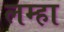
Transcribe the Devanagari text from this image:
लम्हा